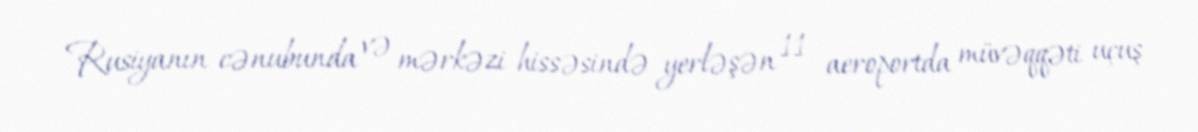
Rusiyanın cənubunda və mərkəzi hissəsində yerləşən 11 aeroportda müvəqqəti uçuş